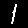
Digit: 1